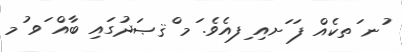
ުނ ަތކެއް ފަ ަށއި ިފއެވެ. ަމ ްޤޞަދުގައި ބާއް ަވ ުމ